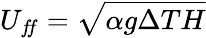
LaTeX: U_{f\! f}=\sqrt{\alpha g\Delta TH}